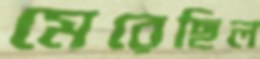
মেরেছিল